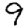
Digit: 9